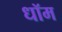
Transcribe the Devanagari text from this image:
धॉम